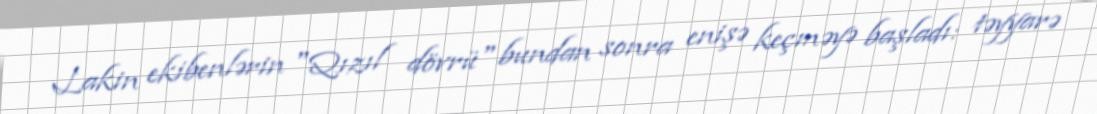
Lakin ekibenlərin "Qızıl dövrü" bundan sonra enişə keçməyə başladı: təyyarə